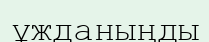
ұжданыңды